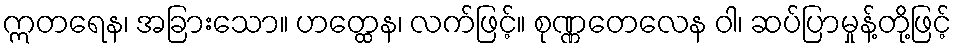
ဣတရေန၊ အခြားသော။ ဟတ္ထေန၊ လက်ဖြင့်။ စုဏ္ဏတေလေန ဝါ၊ ဆပ်ပြာမှုန့်တို့ဖြင့်